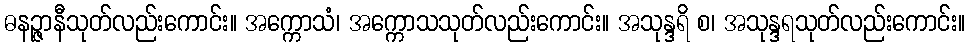
ဓနဉ္ဇာနီသုတ်လည်းကောင်း။ အက္ကောသံ၊ အက္ကောသသုတ်လည်းကောင်း။ အသုန္ဒရိ စ၊ အသုန္ဒရသုတ်လည်းကောင်း။